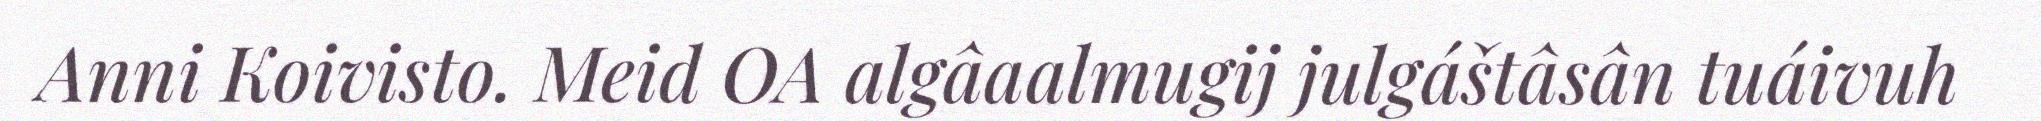
Anni Koivisto. Meid OA algâaalmugij julgáštâsân tuáivuh